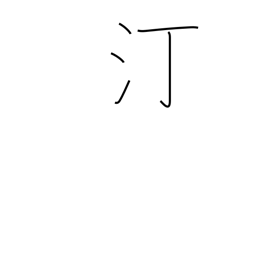
Meaning: water's edge